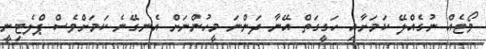
ވޯޓެއް ނުގެއްލޭ ކަމަށާއި ހަގީގަތް އޭނާ ދަންނަ މީހުންނަށް އެނގޭނެ ކަމަށްވެސް ޕްލެޓިނީ